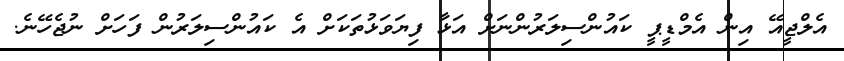
އެލްޖީއޭ އިން އެމްޑީޕީ ކައުންސިލަރުންނަށް އަޅާ ފިޔަވަޅުތަކަށް އެ ކައުންސިލަރުން ފަހަށް ނުޖެހޭނެ.